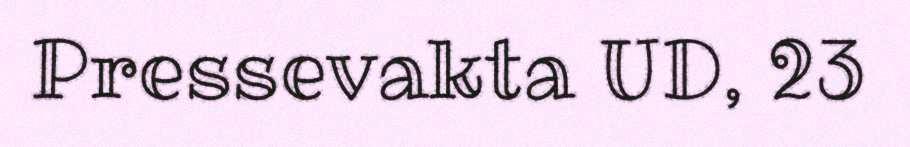
Pressevakta UD, 23